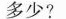
多少?